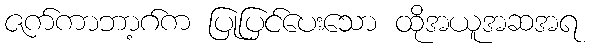
ဇက်ကာဘာ့ဂ်က ပြုပြင်ပေးသော ထိုအယူအဆအရ